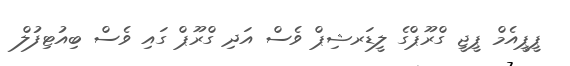
ޕީޕީއެމް ޕީޖީ ގްރޫޕްގެ ލީޑަރޝިޕް ވެސް އަދި ގްރޫޕް ގައި ވެސް ބިއުޓިފުލް